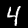
Digit: 4